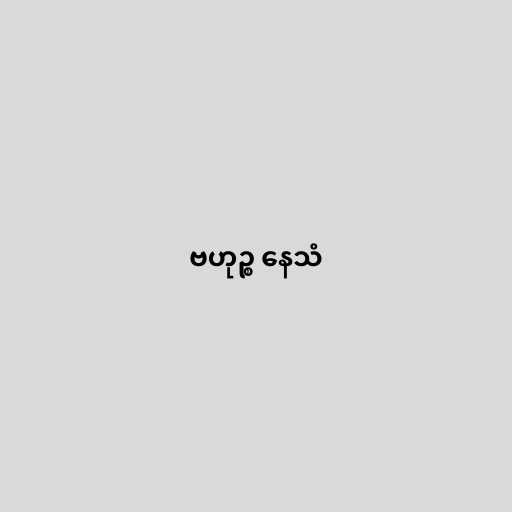
ဗဟုဉ္စ နေသံ